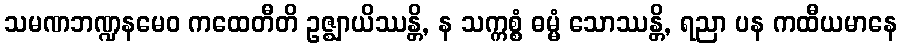
သမဏဘဏ္ဍနမေဝ ကထေတီတိ ဥဇ္ဈာယိဿန္တိ, န သက္ကစ္စံ ဓမ္မံ သောဿန္တိ, ရညာ ပန ကထီယမာနေ